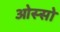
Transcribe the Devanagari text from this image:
ओस्सो